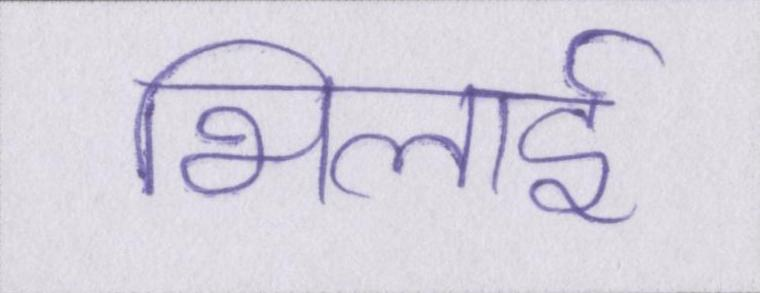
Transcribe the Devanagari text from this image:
भिलाई